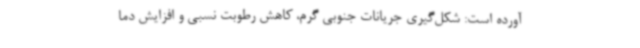
آورده است: شکل‌گیری جریانات جنوبی گرم، کاهش رطوبت نسبی و افزایش دما